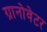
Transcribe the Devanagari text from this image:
ग्रानोवेटर